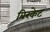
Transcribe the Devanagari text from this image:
बिरकेट